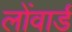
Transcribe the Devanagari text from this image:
लोंवार्ड